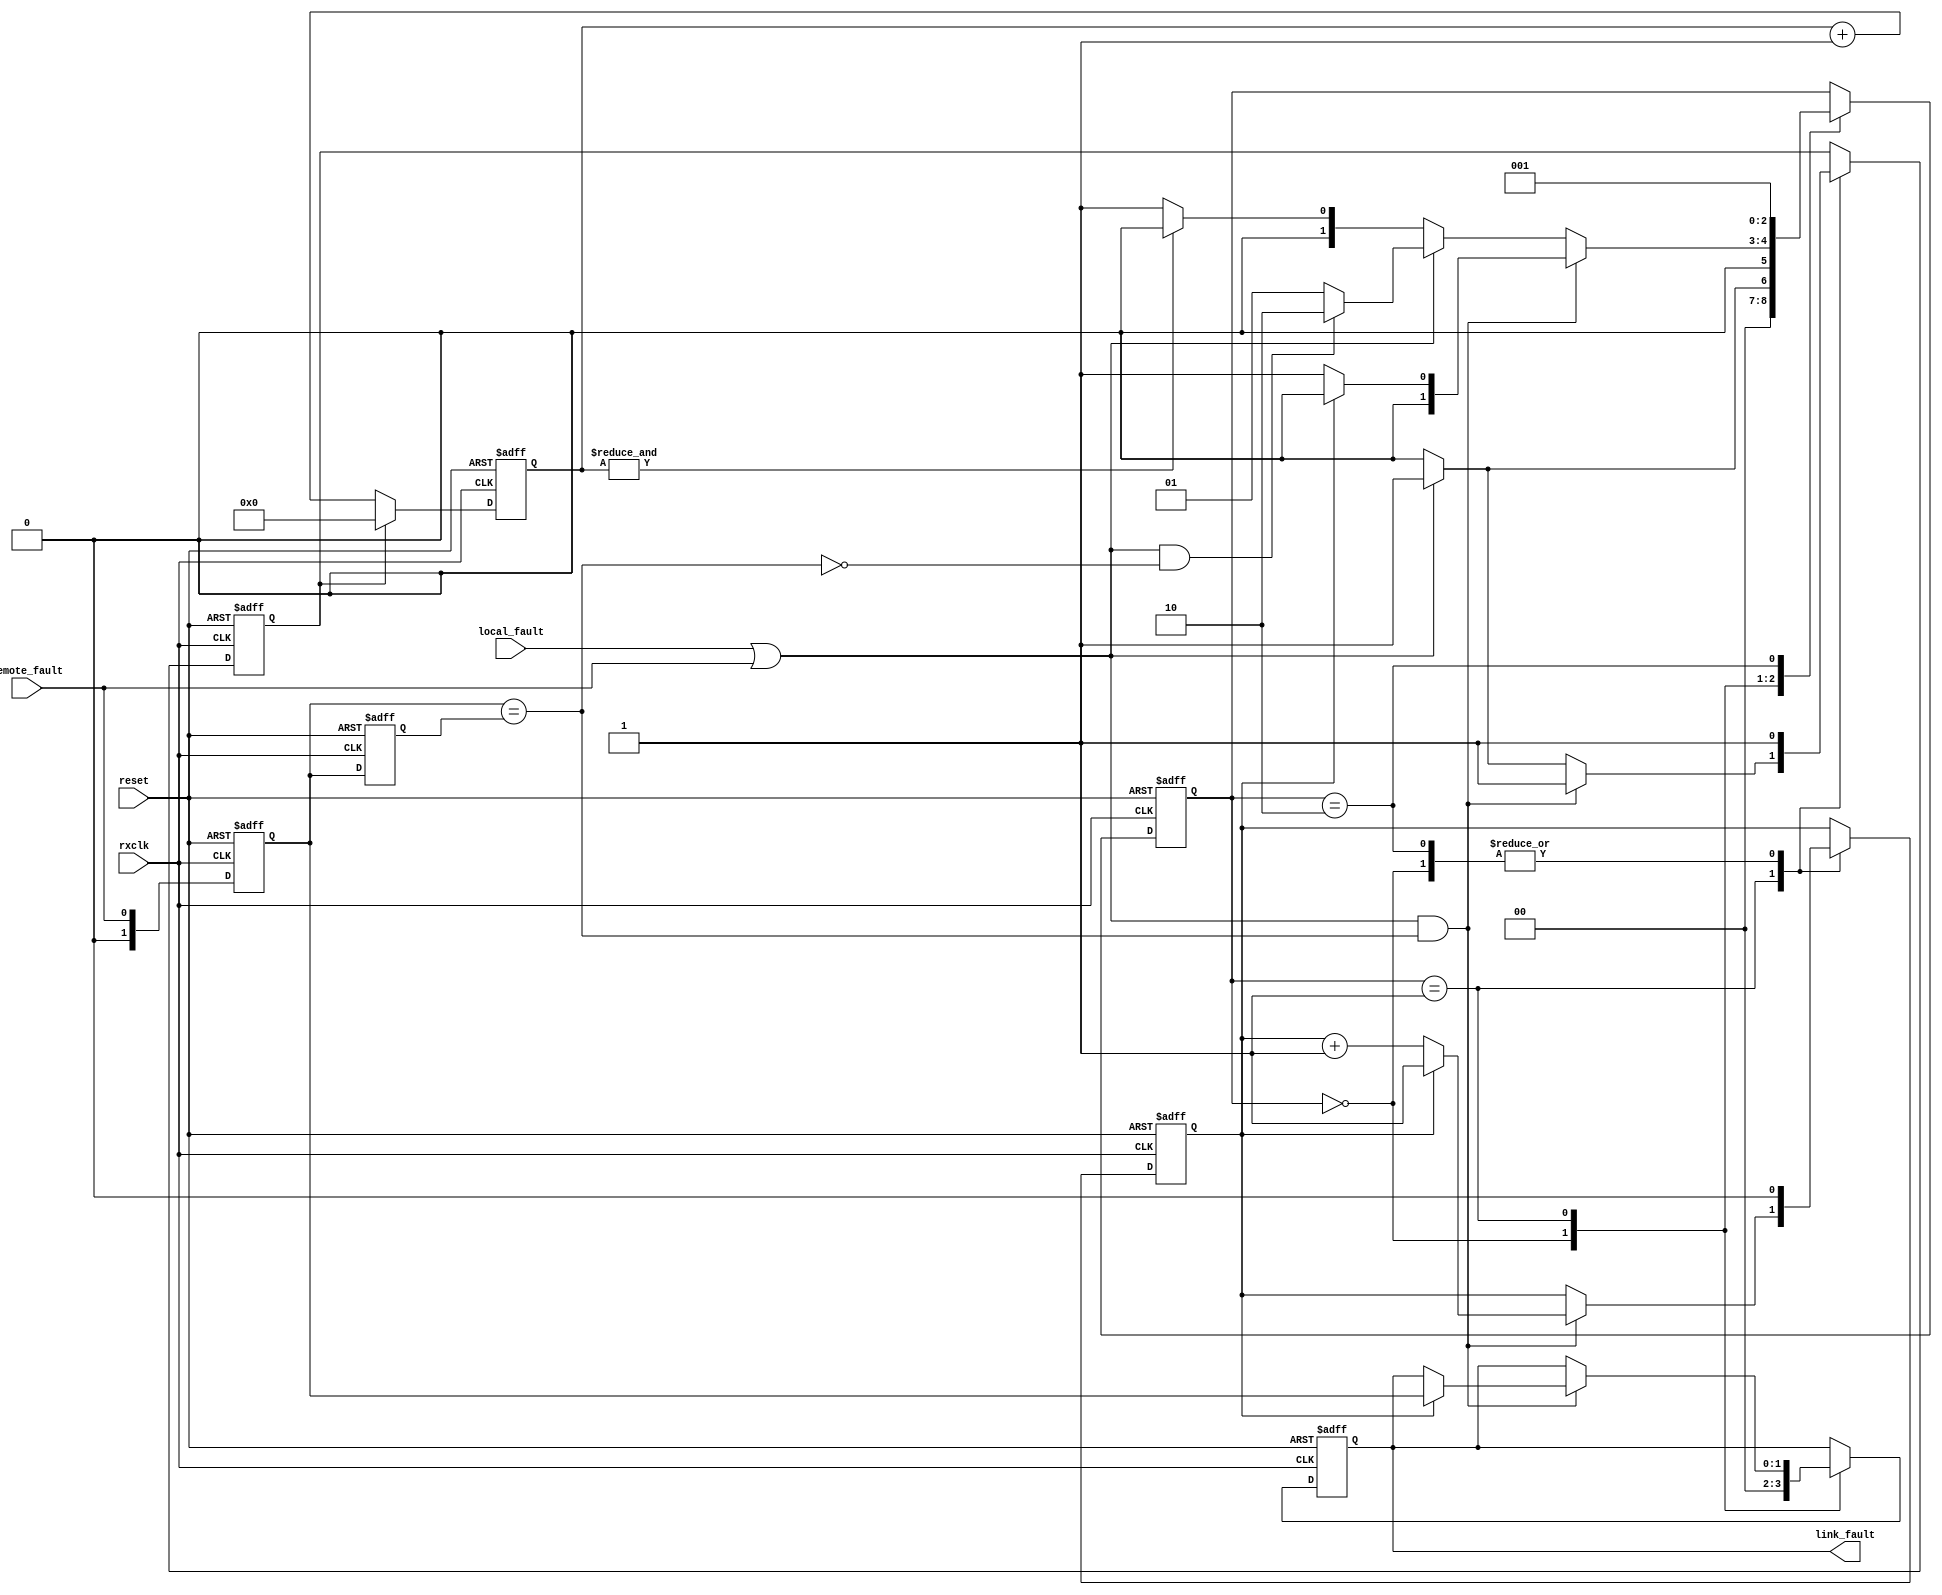
module rxLinkFaultState(rxclk, reset, local_fault, remote_fault, link_fault);
    input rxclk;
    input reset;
    input local_fault;
    input remote_fault;
    output[1:0] link_fault;
 
    parameter TP =1;
    parameter IDLE = 0, LinkFaultDetect = 1, NewFaultType = 2, GetFault = 3; 

    //------------------------------------------------
    // Link	Fault Signalling Statemachine
    //------------------------------------------------
    wire  fault_type;
    wire  get_one_fault;
    wire  no_new_type;

    reg[2:0] linkstate, linkstate_next;
    reg[5:0] col_cnt;
    reg      seq_cnt;
    reg[1:0] seq_type;
    reg[1:0] last_seq_type;
    reg[1:0] link_fault;
    reg      reset_col_cnt;
    wire     seq_cnt_3;
    wire     col_cnt_64;

    assign fault_type = {local_fault, remote_fault};
    assign get_one_fault = local_fault | remote_fault;
    assign no_new_type = (seq_type == last_seq_type);
    assign col_cnt_64 = & col_cnt;
 
    always@(posedge rxclk or posedge reset)begin
         if (reset) begin
           seq_type <=#TP 0;
           seq_cnt <=#TP 0;
           last_seq_type <=#TP 0;
           reset_col_cnt<= #TP 1;
           link_fault <=#TP 2'b00;
           linkstate<= #TP IDLE;
         end
         else begin	 
           seq_type <= #TP fault_type;	
           last_seq_type <=#TP seq_type;
           case (linkstate)
               IDLE: begin
                   linkstate <=#TP IDLE;
                   reset_col_cnt <= #TP 1;
                   seq_cnt <= #TP 0;
                   link_fault <= #TP 2'b00;	
                   if (get_one_fault)
                      linkstate<=#TP LinkFaultDetect;
               end
 
               LinkFaultDetect: begin
                   linkstate <=#TP LinkFaultDetect;
                   reset_col_cnt <=#TP 1;
                   if (get_one_fault & no_new_type) begin
                     if (seq_cnt) begin 
                        linkstate <=#TP IDLE;
                        link_fault <=#TP seq_type;  //final fault indeed(equals to GetFault status)
                     end
                     else
                        seq_cnt <=#TP seq_cnt + 1;
                   end
                   else if(~get_one_fault) begin
                        reset_col_cnt <=#TP 0; 
                        if (col_cnt_64)
                           linkstate <=#TP IDLE;
                   end
                   else if(get_one_fault & ~no_new_type)
                        linkstate <=#TP NewFaultType;
                   end

                NewFaultType: begin
                    seq_cnt <=#TP 0;  
                    linkstate <=#TP LinkFaultDetect;
                    reset_col_cnt<=#TP 1;
                end

//              GetFault: begin
//                  linkstate <=#TP IDLE;
//                  reset_col_cnt <=#TP 1;
//                  link_fault <=#TP seq_type;
//                  if (get_one_fault & no_new_type) 
//                    link_fault <=#TP seq_type;	
//                  else if (~get_one_fault)	begin
//                    reset_col_cnt<=#TP 0;
//                    if(col_cnt_128)
//                      linkstate <=#TP IDLE;
//                  end
//                  else if (get_one_fault &	~no_new_type)
//                    linkstate <=#TP NewFaultType;
//              end
           endcase
       end
    end

    always@(posedge rxclk or posedge reset) begin
          if (reset) 
            col_cnt <=#TP 0;
          else if (reset_col_cnt) 
            col_cnt <=#TP 0;
          else
            col_cnt <=#TP col_cnt + 1;
    end

endmodule